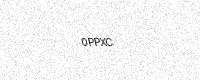
Text: 0PPXC